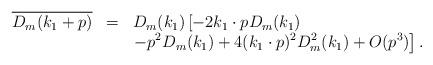
LaTeX: \begin{align*}\begin{array}{rcl}\overline{D_m(k_1+p)}&=&\displaystyle D_m(k_1)\left[-2k_1\cdot pD_m(k_1)\right.\\&&\displaystyle \left.-p^2D_m(k_1)+4(k_1\cdot p)^2D_m^2(k_1)+O(p^3)\right].\end{array}\end{align*}